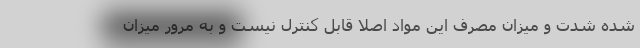
شده شدت و میزان مصرف این مواد اصلا قابل کنترل نیست و به مرور میزان